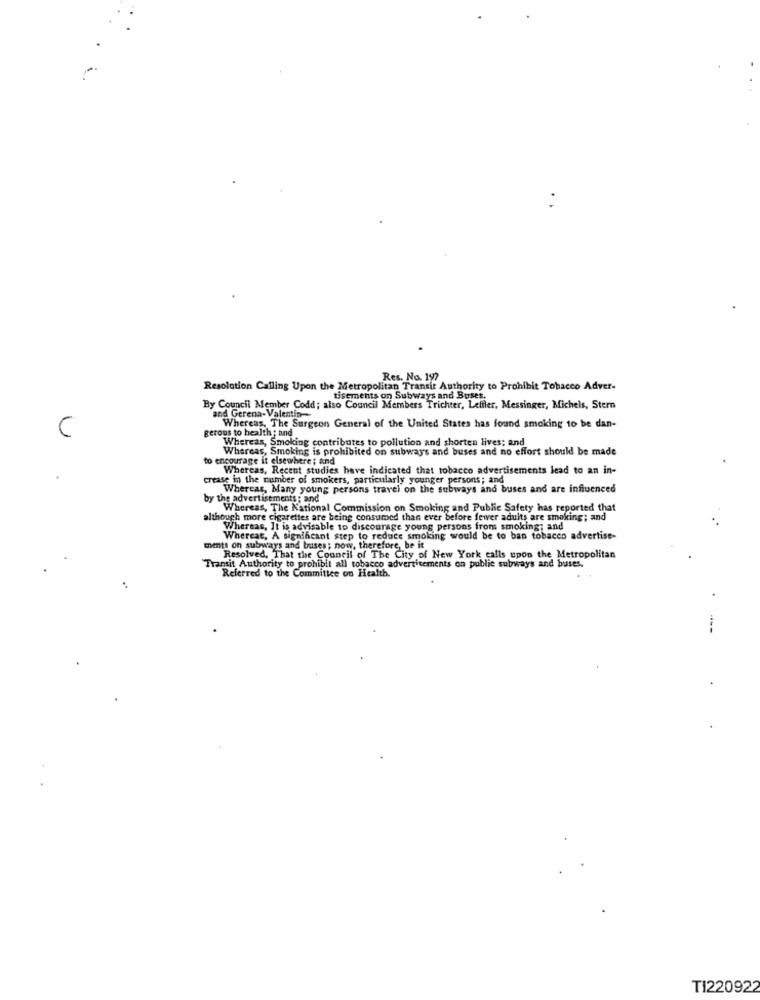
Res. No. 197
Resolution Calling Upon the Metropolitan Transit Authority to Prohibit Tobacco Adver-
tisements on Subways and Buses.
By Council Member Codd; also Council Members Trichter, Leffler, Messinger, Michels, Stern
and Gerena-Valentin-
Whereas, The Surgeon General of the United States has found smoking to be dan-
C
gerous to health ; and
Whereas, Smoking contributes to pollution and shorten lives; and
Whereas, Smoking is prohibited on subways and buses and no effort should be made
to encourage it elsewhere; and
Whereas, Recent studies have indicated that tobacco advertisements lead to an in-
crease in the number of smokers, particularly younger persons; and
Whereas, Many young persons travel on the subways and buses and are influenced
by the advertisements ; and
Whereas, The National Commission on Smoking and Public Safety has reported that
although more cigarettes are being consumed than ever before fewer adults are smoking; and
Whereas, It is advisable to discourage young persons from smoking; and
Whereat, A significant step to reduce smoking would be to ban tobacco advertise-
ments on subways and buses; now, therefore, be it
Resolved, That the Council of The City of New York calls upon the Metropolitan
Transit Authority to prohibit all tobacco advertisements on public subways and buses.
Referred to the Committee on Health.
TI220922